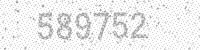
Solution: 589752